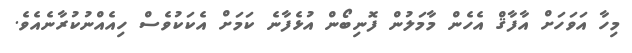
މިހާ އަވަހަށް އާފާޤް އެހެން މާމަލުން ފޮނިބޯން އުޅެފާނެ ކަމަށް އެކަކުވެސް ހިއެއްނުކުރާނެއެވެ.